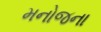
મનોજના